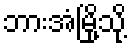
ဘားအံမြို့သို့